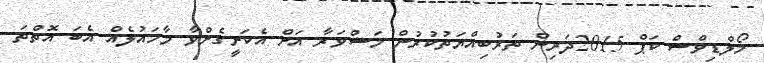
މޯލްޑިވްސް ކަޕް 2015ދަރިން ތަރުބިއްޔަތުކުރުން މަޝްވަރާ އަށް އެކަށީގެންވާ މާހައުލެއް އެބަ އޮތްތަ